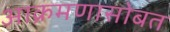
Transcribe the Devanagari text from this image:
आक्रमणासोबत